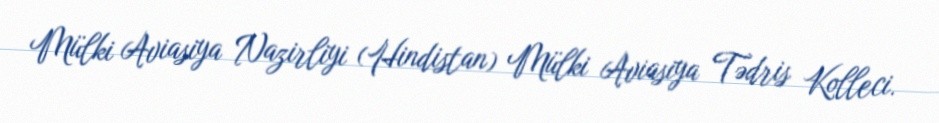
Mülki Aviasiya Nazirliyi (Hindistan) Mülki Aviasiya Tədris Kolleci.